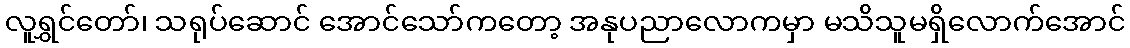
လူရွှင်တော်၊ သရုပ်ဆောင် အောင်သော်ကတော့ အနုပညာလောကမှာ မသိသူမရှိလောက်အောင်